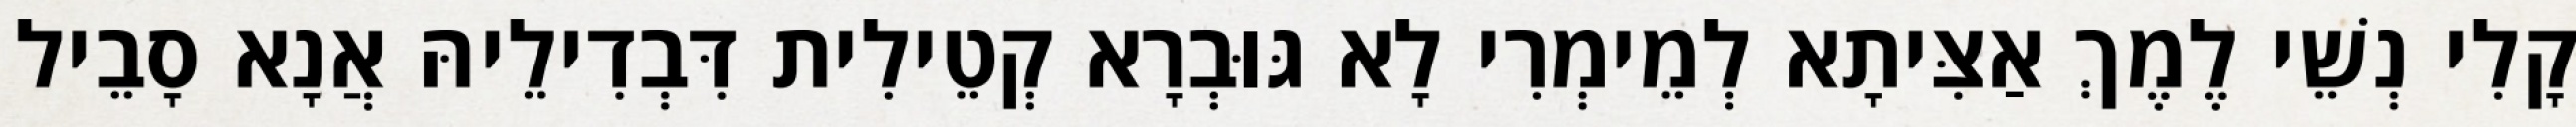
קָלִי נְשֵׁי לֶמֶךְ אַצִּיתָא לְמֵימְרִי לָא גּוּבְרָא קְטֵילִית דִּבְדִילֵיהּ אֲנָא סָבֵיל